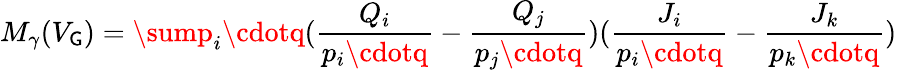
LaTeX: M_{\gamma}(V_{\mathsf{G}})=\sump_{i}\cdotq(\frac{{Q_{i}}}{{p_{i}\cdotq}}-\frac{{Q_{j}}}{{p_{j}\cdotq}})(\frac{{J_{i}}}{{p_{i}\cdotq}}-\frac{{J_{k}}}{{p_{k}\cdotq}})